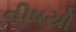
વીષયો